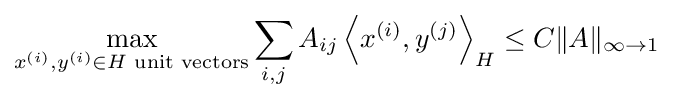
\max _{x^{(i)},y^{(i)}\in H{\text{ unit vectors}}}\sum _{i,j}A_{ij}\left\langle x^{(i)},y^{(j)}\right\rangle _{H}\leq C\|A\|_{\infty \to 1}